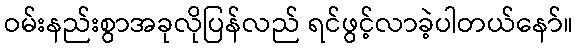
ဝမ်းနည်းစွာအခုလိုပြန်လည် ရင်ဖွင့်လာခဲ့ပါတယ်နော်။